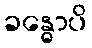
ခန္ဓောပိ